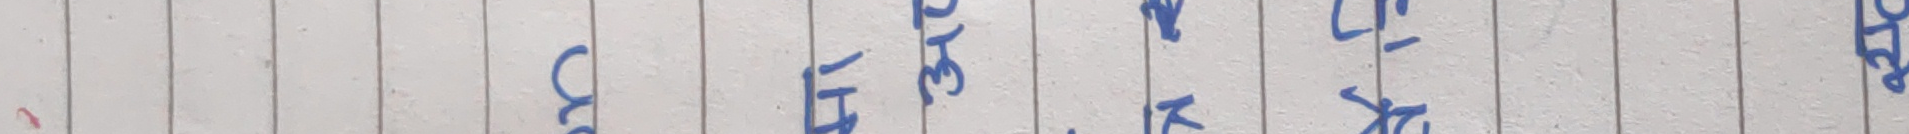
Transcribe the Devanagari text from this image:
करे के बारेमा